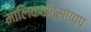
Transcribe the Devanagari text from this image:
मालिकवॉट्सएप्प